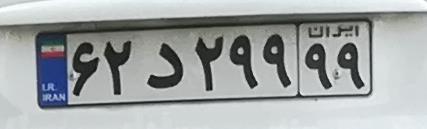
۶۲د۲۹۹۹۹